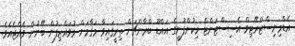
އެޑްމިނިިސްޓްރޭޓިވް އެސިސްޓަންޓް މިކުންފުނީގެ އައްޑޫ ބްރާންޗަށް ތިރީގައިވާ މަޤާމަށް މުވައްޒިފުން ބޭނުން ވެއްޖެއެވެ.